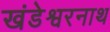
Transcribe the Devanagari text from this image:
खंडेश्वरनाथ